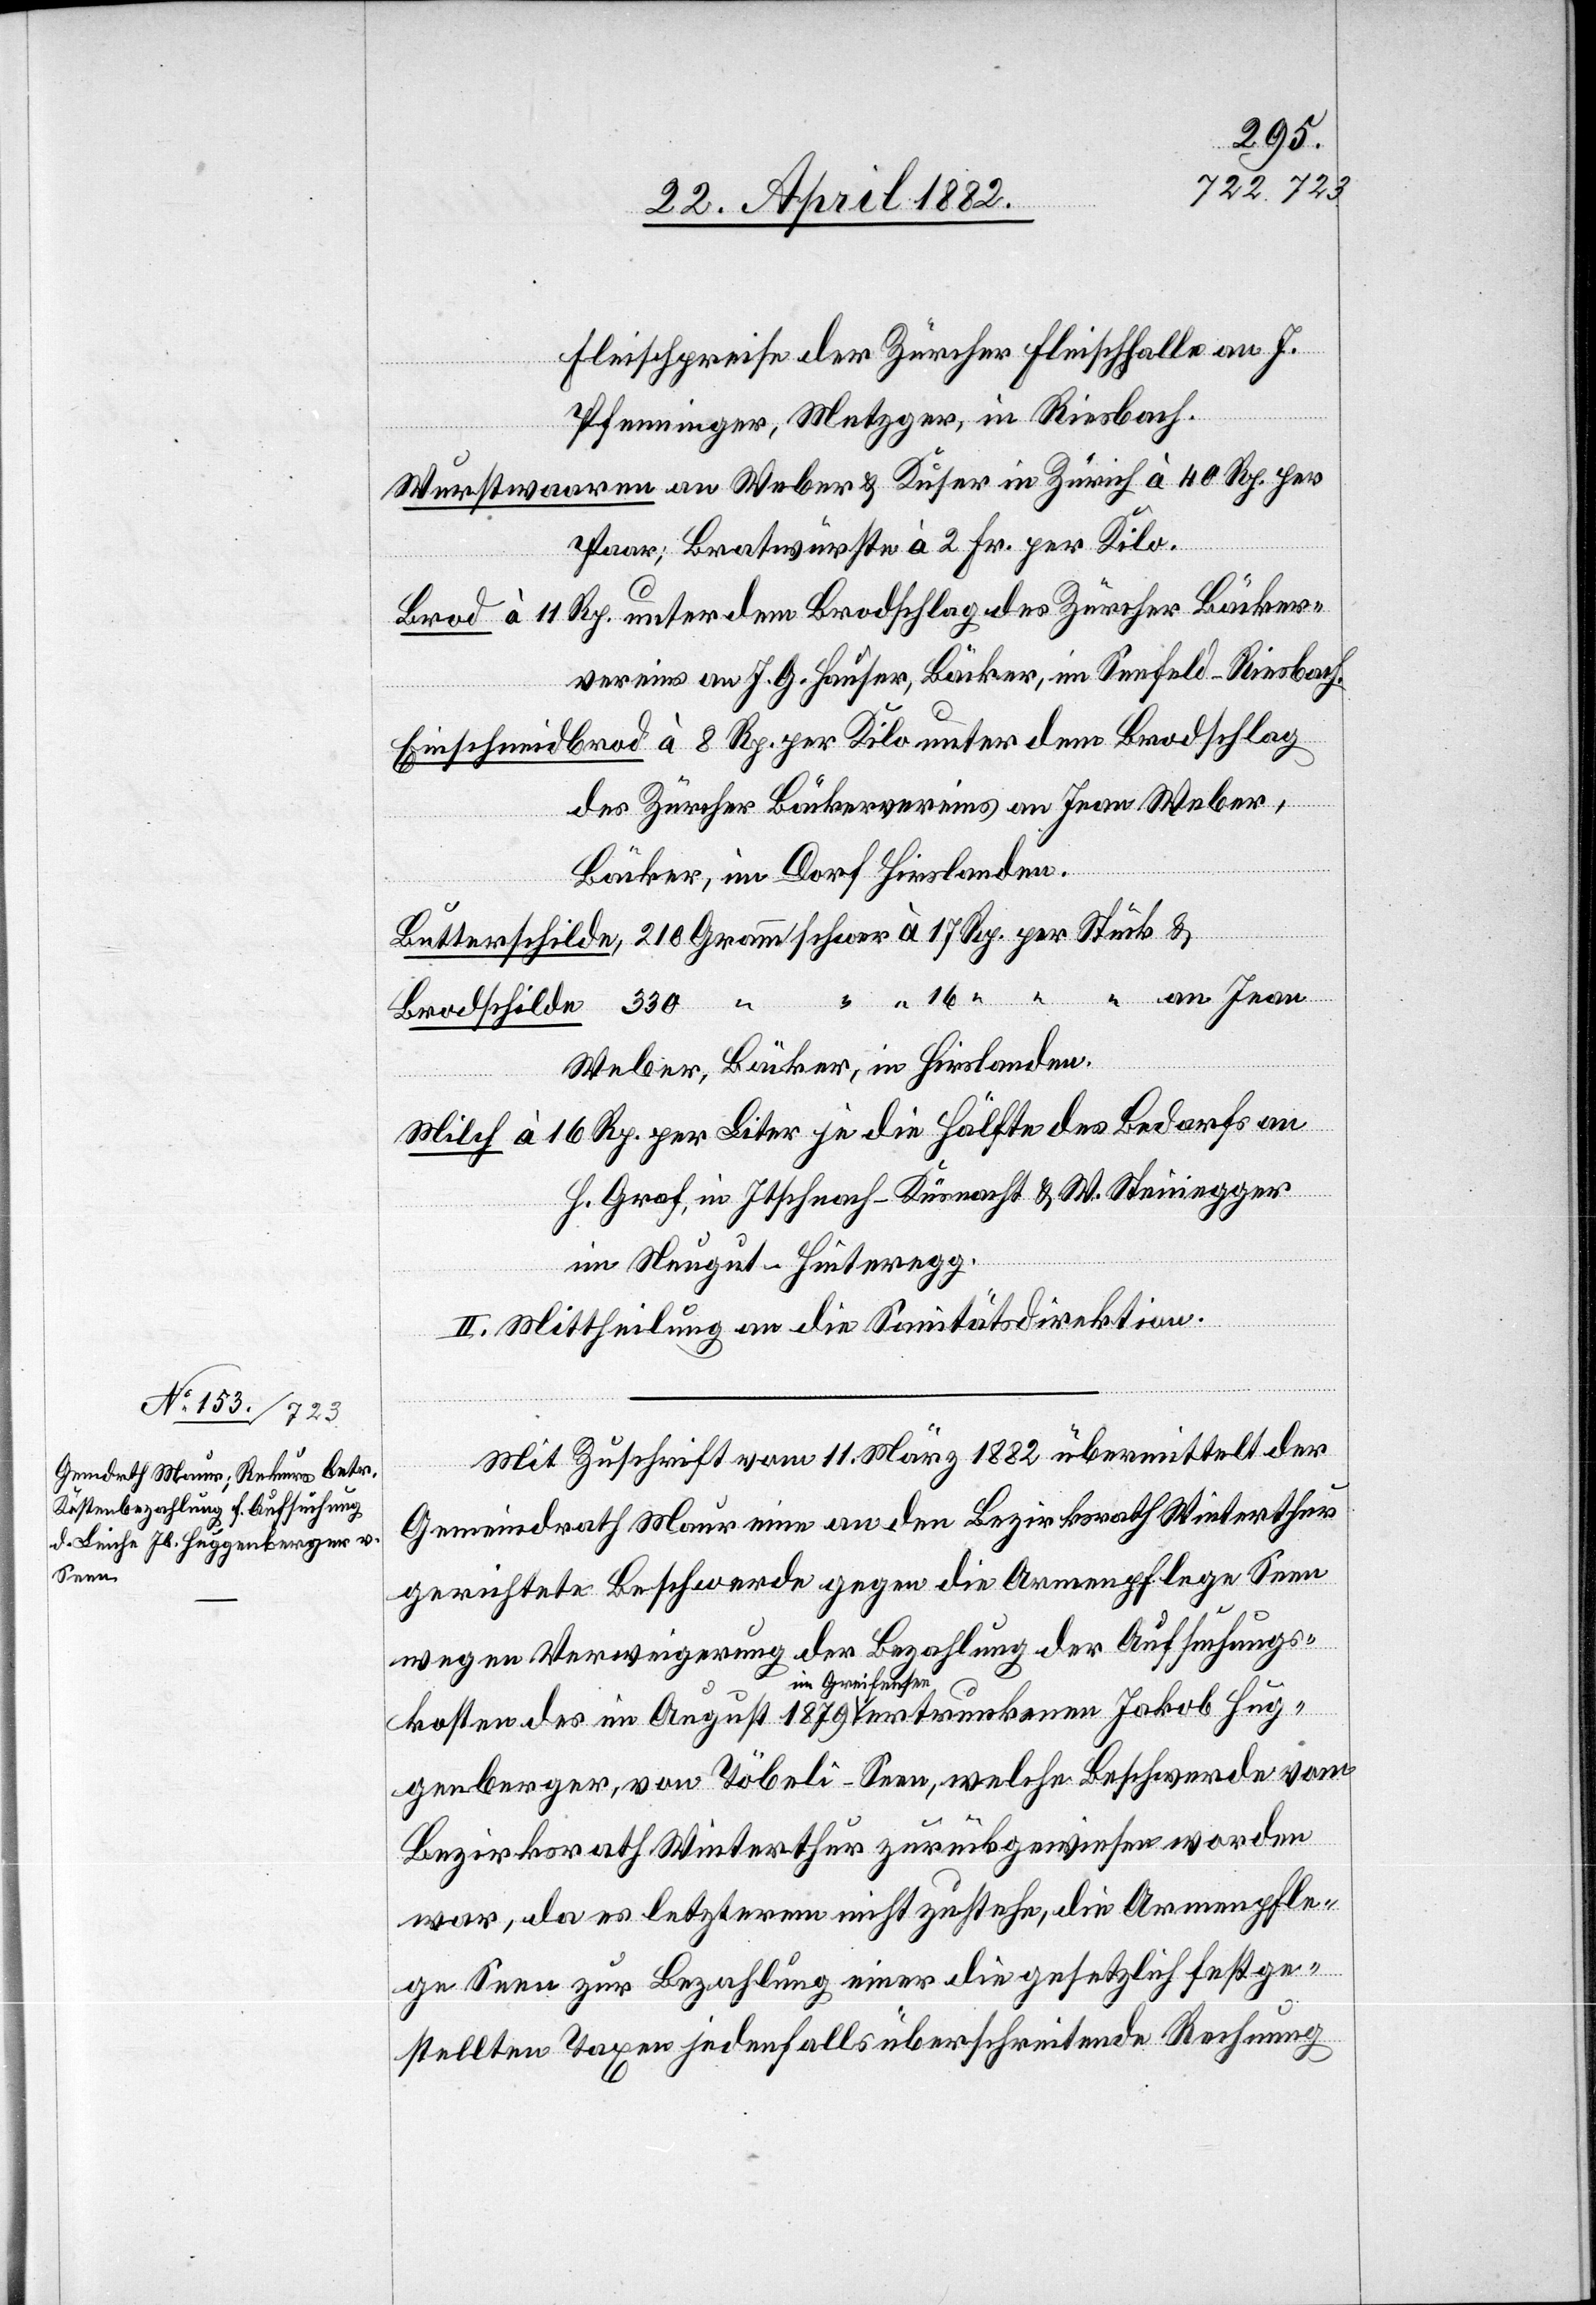
Fleischpreise der Zürcher Fleischhalle an J.
Pfenninger, Metzger, in Riesbach.
Wurstwaaren an Weber & Kuser in Zürich à 40 Rp. per
Paar; Bratwürste à 2 Fr. per Kilo.
Brod à 11 Rp. unter dem Brodschlag des Zürcher Bäcker¬
vereins an J. G. Hauser, Bäcker, im Seefeld - Riesbach.
Einschneidbrod à 8 Rp. per Kilo unter dem Brodschlag
des Zürcher Bäckervereins an Jean Weber,
Bäcker, im Dorf Hirslanden.
Butterschilde, 210 Gramm schwer à 17 Rp. per Stück &
Brodschilde 330 “ “ “ 16 “ “ “ an Jean
Weber, Bäcker, in Hirslanden.
Milch à 16 Rp. per Liter je die Hälfte des Bedarfs an
H. Graf, in Itschnach - Küsnacht & W. Steinegger
im Neugut - Hinteregg.
II. Mittheilung an die Sanitätsdirektion.
Mit Zuschrift vom 11. März 1882 übermittelt der
Gemeindrath Maur eine an den Bezirksrath Winterthur
gerichtete Beschwerde gegen die Armenpflege Seen
wegen Verweigerung der Bezahlung der Aufsuchungs¬
kosten des im August 1879 in Greifensee ertrunkenen Jakob Hug¬
genberger, von Töbeli - Seen, welche Beschwerde vom
Bezirksrath Winterthur zurückgewiesen worden
war, da es letzterem nicht zustehe, die Armenpfle¬
ge Seen zur Bezahlung einer die gesetzlich festge¬
stellten Taxen jedenfalls überschreitende Rechnung